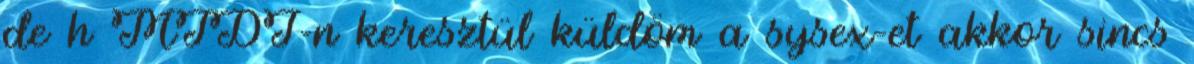
de h MIDI-n keresztül küldöm a sysex-et akkor sincs